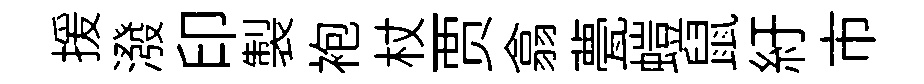
援潑印製袍杖贾翕甍螘鼠紆市